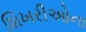
શિખરીઓના